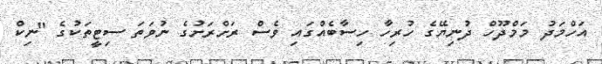
އަހްމަދު މަމްދޫހް ދުނިޔޭގެ ހުރިހާ ހިސާބެއްގައި ވެސް ރަށްރަށުގެ ނުވަތަ ސިޓީތަކުގެ "ނިކް